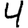
Digit: 4